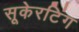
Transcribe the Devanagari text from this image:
सूकेरटिंग